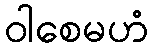
ဝါစေမဟံ